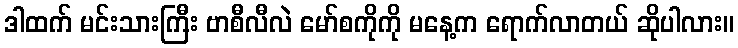
ဒါထက် မင်းသားကြီး ဗာစီလီလဲ မော်စကိုကို မနေ့က ရောက်လာတယ် ဆိုပါလား။